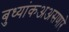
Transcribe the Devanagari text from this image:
बुध्यांकअअसणारे